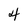
Character: 4